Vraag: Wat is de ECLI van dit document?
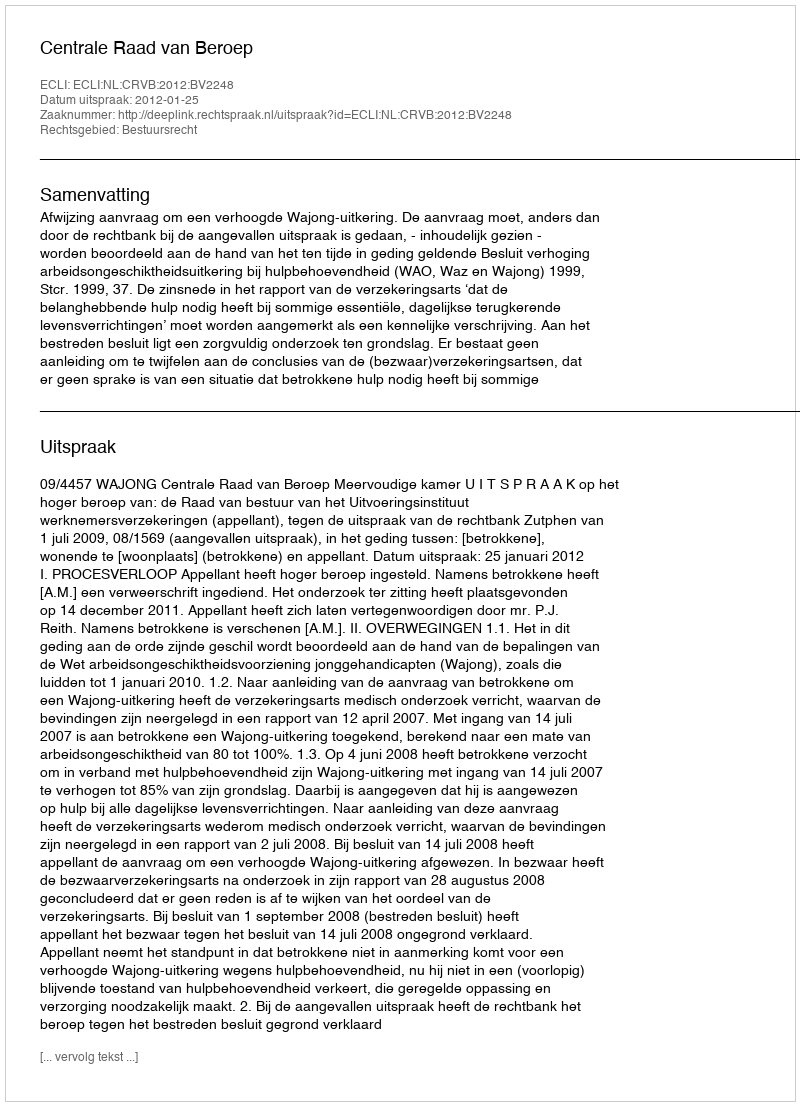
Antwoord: ECLI:NL:CRVB:2012:BV2248